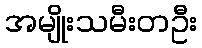
အမျိုးသမီးတဦး